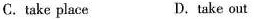
C. take place D. take out